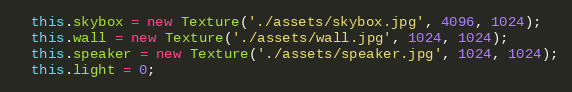
Language: JavaScript
  this.skybox = new Texture('./assets/skybox.jpg', 4096, 1024);
  this.wall = new Texture('./assets/wall.jpg', 1024, 1024);
  this.speaker = new Texture('./assets/speaker.jpg', 1024, 1024);
  this.light = 0;